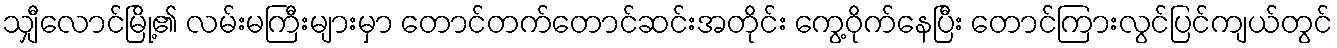
သျှီလောင်မြို့၏ လမ်းမကြီးများမှာ တောင်တက်တောင်ဆင်းအတိုင်း ကွေ့ဝိုက်နေပြီး တောင်ကြားလွင်ပြင်ကျယ်တွင်